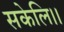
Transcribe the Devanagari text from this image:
सकेलि।।